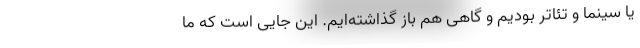
یا سینما و تئاتر بودیم و گاهی هم باز گذاشته‌ایم. این جایی است که ما